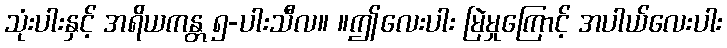
သုံးပါးနှင့် အရိယကန္တ ၅-ပါးသီလ။ ။ဤလေးပါး မြဲမှုကြောင့် အပါယ်လေးပါး